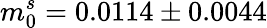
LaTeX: m_{0}^{s}=0.0114\pm 0.0044